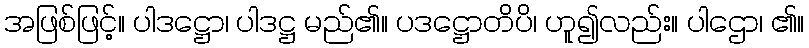
အဖြစ်ဖြင့်။ ပါဒဋ္ဌော၊ ပါဒဋ္ဌ မည်၏။ ပဒဋ္ဌောတိပိ၊ ဟူ၍လည်း။ ပါဌော၊ ၏။